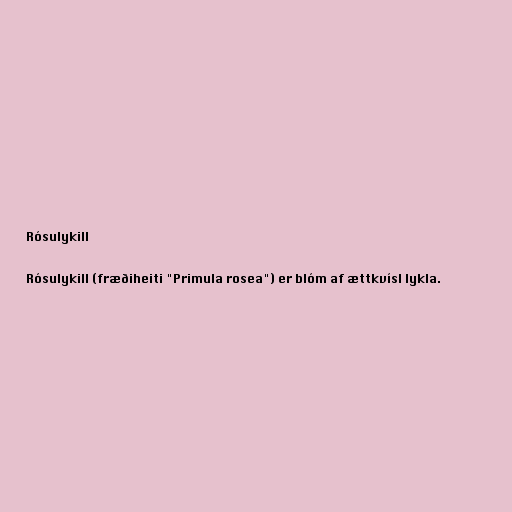
Rósulykill

Rósulykill (fræðiheiti "Primula rosea") er blóm af ættkvísl lykla.